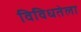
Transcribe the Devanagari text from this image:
विविधतेला